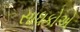
સાધકોએ